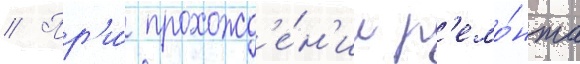
// Пр'и́ прохожд'е́н'ии р'емо́нта